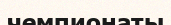
чемпионаты